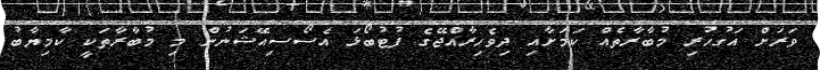
ވަރަށް އަގުހުރި މުބާރާތެއް ކަމަށާއި ދިވެހިރާއްޖޭގެ ފުޓުބޯޅަ އެސޯސިއޭޝަނުން މި މުބާރާތަކީ ކާމިޔާބު